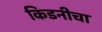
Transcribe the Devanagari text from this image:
किडनीचा